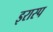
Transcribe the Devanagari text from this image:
इरास्प